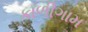
કાળીગામ